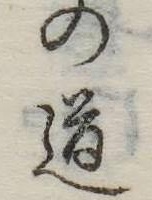
の道